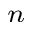
_ n